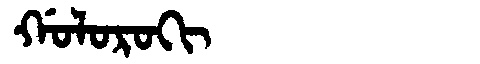
Manchu: ᡤᠣᠯᠣᡵᠣᡴᡳ
Romanization: GOLOROKI